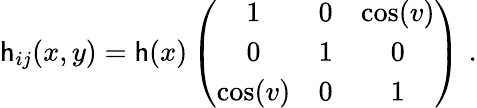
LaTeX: \mathsf{h}_{ij}(x,y)=\mathsf{h}(x)\left(\begin{array}{ccc}{{1}}&{{0}}&{{\cos(v)}}\\ {{0}}&{{1}}&{{0}}\\ {{\cos(v)}}&{{0}}&{{1}}\end{array}\right)\, \, .